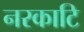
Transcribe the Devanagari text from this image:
नरकाटि